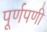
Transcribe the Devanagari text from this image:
पूर्णपणी